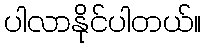
ပါလာနိုင်ပါတယ်။